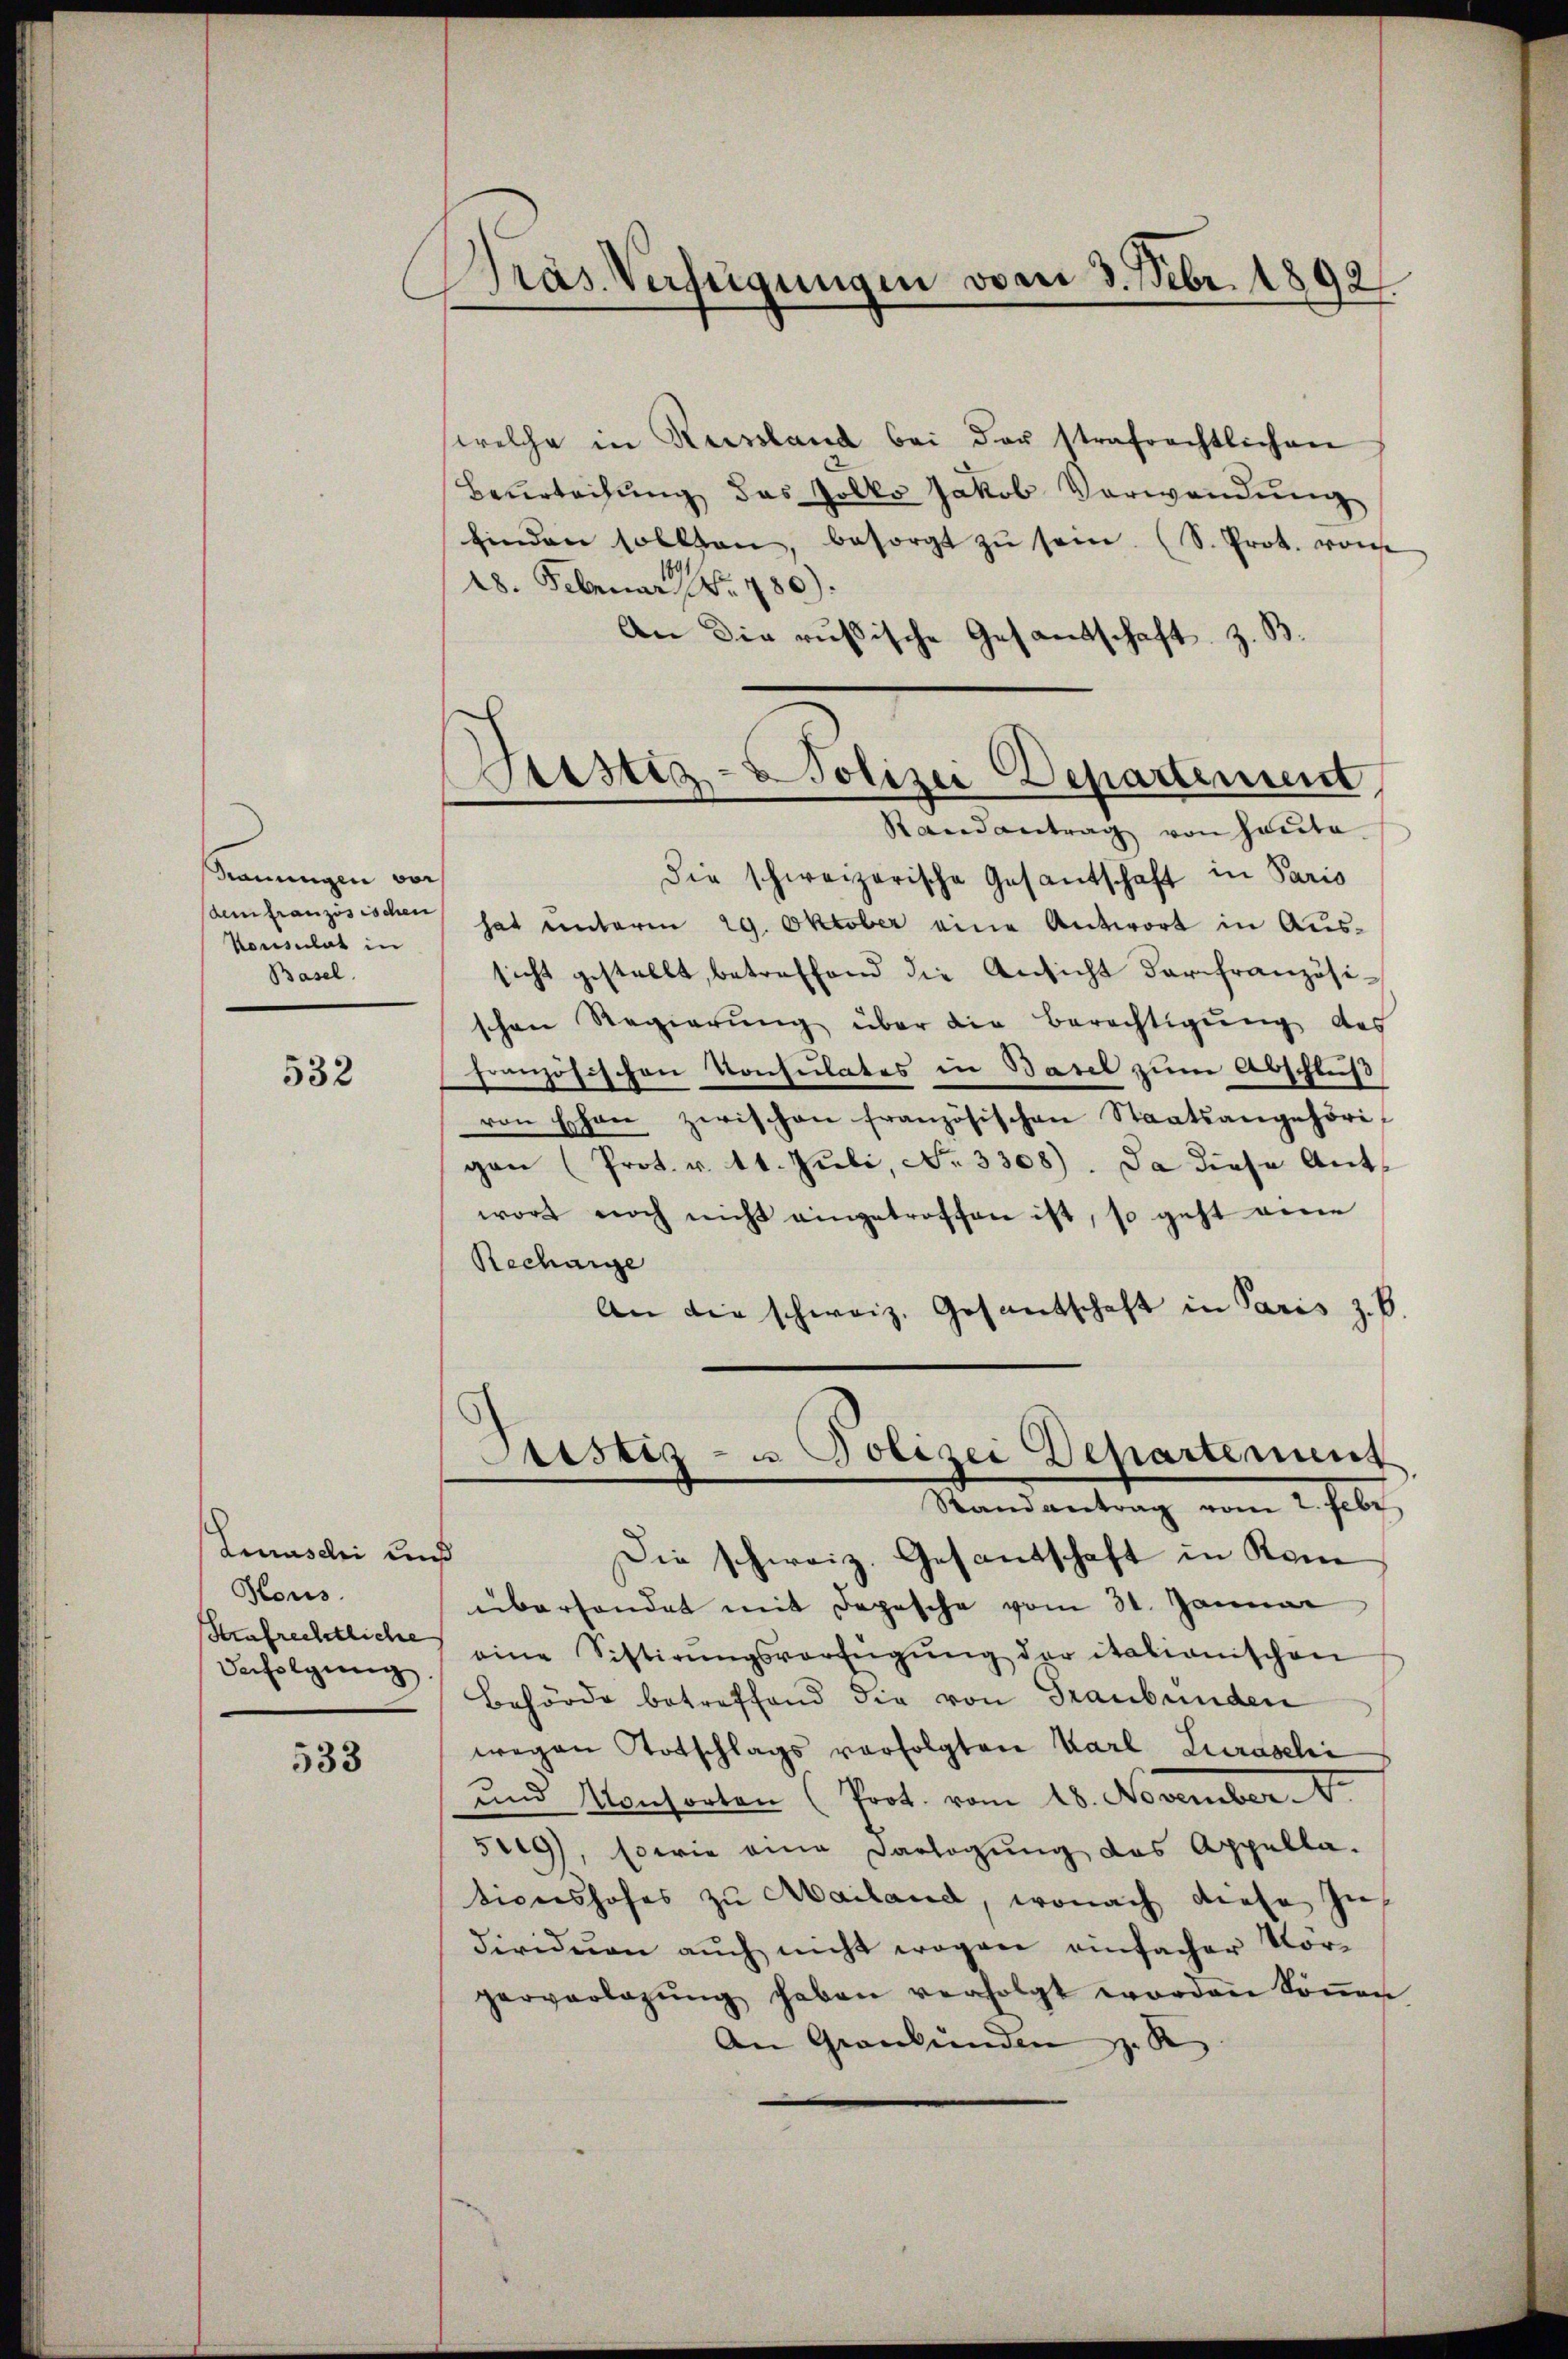
srauungen vois
Konsulat in
Basel.

532

Luraschi und
Kous.
Strafrechtliche
Befolgung

533

Pras Verfügungen vom 3. Febr. 1892

welche in Reisland bei der strafrechtlichen
Beurteihung das Polko Jakob Verwendung
finden sollten, besorgt zŭ sein. (S. Prot. von
28. Februar 180).
An die russische Gesandtschaft, z. B.

ustiz-Polizei Departement

Randantrag von heute
die schweizerische Gesandtschaft in Paris
defranzösischen hat unterm 29. Oktober eine Antwort in Aussicht gestellt, betreffend die Ansicht darfranzösischen Regierŭng über die Berechtigŭng des
französischen Konsulates in Basel zum Abschluß
von schon zwischen französischen Staatsangehöri-
gan (Prot. v. 11. Juli, No. 3308). Da diese Antwort noch nicht eingetroffen ist, so geht eine
Recharge
An die schweiz. Gesantschaft in Paris z. B.

Birsetz- u Polizei Departement
Randantrag vom 2. Febr

Die schweiz. Gesandschaft in Kom
überhandet mit Depesche vom 31. Januar
eine Sistirŭngsverfügŭng der itationischen
Behörde betreffend die von Graubünden
wegen Totschlags verfolgten Karl Luraschi
und Konsorten (Prot. vom 18. November
5009), sowie eine Darlegung das Appella-
tionshofes zu Mailand, wonach diese In
dividuen auch nicht wegen einfacher Vorgerverlegŭng haben verfolgt worden köṅen
An Graubünden z. R.